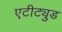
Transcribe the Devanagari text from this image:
एटीट्युड